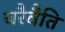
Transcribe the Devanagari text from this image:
चरैवैति